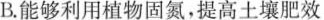
B.能够利用植物固氮，提高土壤肥效